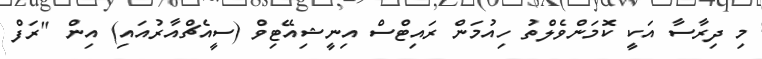
މި ދިރާސާ އަކީ ކޮމަންވެލްތު ހިއުމަން ރައިޓްސް އިނީޝިއޭޓިވް (ސީއެޗްއާރުއައި) އިން "ރަފް